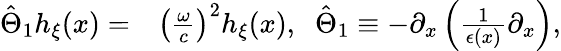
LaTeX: \begin{array}{rl}{\hat{\Theta}_{1}h_{\xi}(x)=}&{{}\left(\frac{\omega}{c}\right)^{2}h_{\xi}(x),\; \; \hat{\Theta}_{1}\equiv-\partial_{x}\left(\frac{1}{\epsilon(x)}\partial_{x}\right),}\end{array}